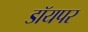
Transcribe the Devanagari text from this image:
डॉयपर